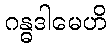
ဂန္ဓဒါမေဟိ